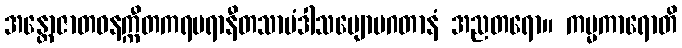
အန္တောဇာတဓနက္ကီတကရမရာနီတသာမံဒါသဗျောပဂတာနံ အညတရော။ ကမ္မကာရောတိ